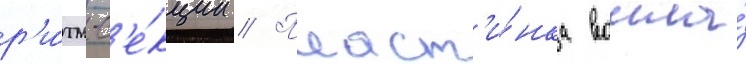
р'и́тм-с'е́кции // Пласт'и́нка вошла́